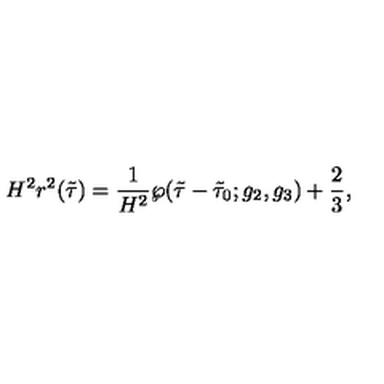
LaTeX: H ^ { 2 } r ^ { 2 } ( \tilde { \tau } ) = \frac { 1 } { H ^ { 2 } } \wp ( \tilde { \tau } - \tilde { \tau } _ { 0 } ; g _ { 2 } , g _ { 3 } ) + \frac { 2 } { 3 } ,